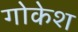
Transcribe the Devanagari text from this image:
गोकेश